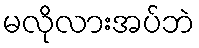
မလိုလားအပ်ဘဲ